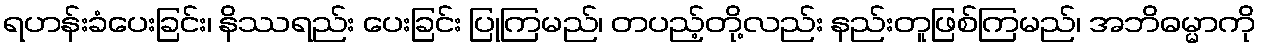
ရဟန်းခံပေးခြင်း၊ နိဿရည်း ပေးခြင်း ပြုကြမည်၊ တပည့်တို့လည်း နည်းတူဖြစ်ကြမည်၊ အဘိဓမ္မာကို